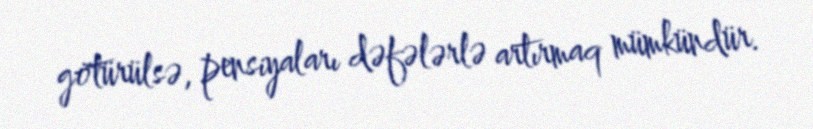
götürülsə, pensiyaları dəfələrlə artırmaq mümkündür.